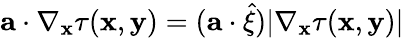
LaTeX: \mathbf{a}\cdot\nabla_{\mathbf{x}}\tau(\mathbf{x},\mathbf{y})=(\mathbf{a}\cdot\widehat{\mathbf{\xi}})|\nabla_{\mathbf{x}}\tau(\mathbf{x},\mathbf{y})|